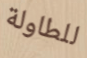
للطاولة